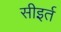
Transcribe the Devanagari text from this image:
सीइर्त